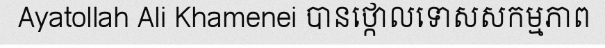
Ayatollah Ali Khamenei បានថ្កោលទោសសកម្មភាព